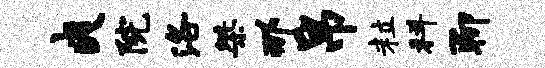
爽院洛桀那帛粒科聊